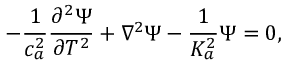
- \frac { 1 } { c _ { a } ^ { 2 } } \frac { \partial ^ { 2 } \Psi } { \partial T ^ { 2 } } + \nabla ^ { 2 } \Psi - \frac { 1 } { K _ { a } ^ { 2 } } \Psi = 0 ,